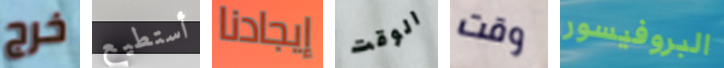
خرج أستطيع إيجادنا الوقت وقت البروفيسور